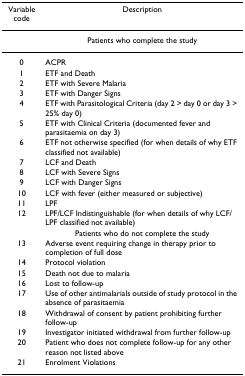
<table><thead><tr><td><b>Variable code</b></td><td><b>Description</b></td></tr></thead><tbody><tr><td></td><td>Patients who complete the study</td></tr><tr><td>0</td><td>ACPR</td></tr><tr><td>1</td><td>ETF and Death</td></tr><tr><td>2</td><td>ETF with Severe Malaria</td></tr><tr><td>3</td><td>ETF with Danger Signs</td></tr><tr><td>4</td><td>ETF with Parasitological Criteria (day 2 &gt; day 0 or day 3 &gt; 25% day 0)</td></tr><tr><td>5</td><td>ETF with Clinical Criteria (documented fever and parasitaemia on day 3)</td></tr><tr><td>6</td><td>ETF not otherwise specified (for when details of why ETF classified not available)</td></tr><tr><td>7</td><td>LCF and Death</td></tr><tr><td>8</td><td>LCF with Severe Signs</td></tr><tr><td>9</td><td>LCF with Danger Signs</td></tr><tr><td>10</td><td>LCF with fever (either measured or subjective)</td></tr><tr><td>11</td><td>LPF</td></tr><tr><td>12</td><td>LPF/LCF Indistinguishable (for when details of why LCF/LPF classified not available)</td></tr><tr><td></td><td>Patients who do not complete the study</td></tr><tr><td>13</td><td>Adverse event requiring change in therapy prior to completion of full dose</td></tr><tr><td>14</td><td>Protocol violation</td></tr><tr><td>15</td><td>Death not due to malaria</td></tr><tr><td>16</td><td>Lost to follow-up</td></tr><tr><td>17</td><td>Use of other antimalarials outside of study protocol in the absence of parasitaemia</td></tr><tr><td>18</td><td>Withdrawal of consent by patient prohibiting further follow-up</td></tr><tr><td>19</td><td>Investigator initiated withdrawal from further follow-up</td></tr><tr><td>20</td><td>Patient who does not complete follow-up for any other reason not listed above</td></tr><tr><td>21</td><td>Enrolment Violations</td></tr></tbody></table>